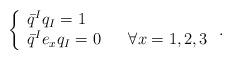
LaTeX: \begin{align*}\left\{\begin{array}{l}{\bar q}^I q_I = 1\\{\bar q}^I e_x q_I = 0 \hskip 20 pt \forall x=1,2,3\end{array}\right. .\end{align*}